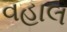
વહાલ